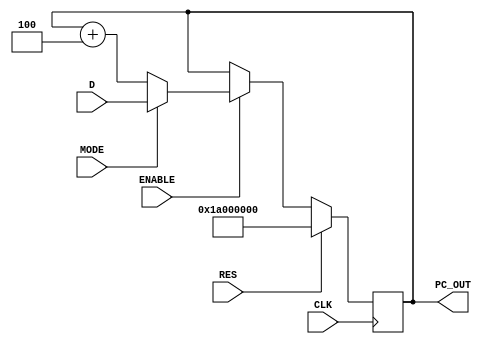
`timescale 1ns / 1ps
//////////////////////////////////////////////////////////////////////////////////
// Company: 
// Engineer: 
// 
// Design Name: 
// Module Name: program_counter
// Project Name: 
// Target Devices: 
// Tool Versions: 
// Description: 
// 
// Dependencies: 
// 
// Revision:
// Revision 0.01 - File Created
// Additional Comments:
// 
//////////////////////////////////////////////////////////////////////////////////


module program_counter(
    input [31:0] D,         //Jump address
    input MODE,             //Operating mode(when MODE = 1,load a jump address,otherwise increment by 4)
    input ENABLE,           //Enable signal,only with ENABLE = 1, jump address can be loaded or the program counter can be incremented
    input RES,              //Reset,with RES = 1,the program counter is initialized with the boot ROM adress(0x1A00_0000)
    input CLK,              //Clock input
    output [31:0] PC_OUT    //Program counter output
    );
    
    reg [31:0] pc_reg;
    assign PC_OUT = pc_reg;
    
    always @ (posedge CLK) begin
        if (RES == 1) begin
            pc_reg <= 32'h1A00_0000;
        end else begin
            if (ENABLE == 1) begin
                if (MODE == 1) begin
                    pc_reg <= D;
                end else begin
                    pc_reg <= pc_reg + 4;    
                end
            end  
        end    
    end
endmodule